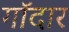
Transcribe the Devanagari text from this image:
गॉदार